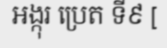
អង្កុរ ប្រេត ទី៩ [